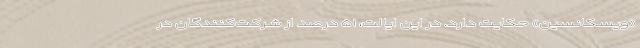
«ویسکانسین» حکایت دارد. در این ایالت، ۵۱ درصد از شرکت‌کنندگان در